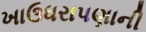
ખાઉધરાપણાની